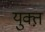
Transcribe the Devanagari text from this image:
युक्त़